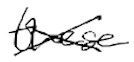
Text: these
Cross-out: cross
Writing tool: digital_black